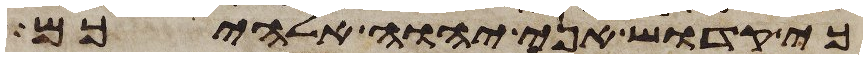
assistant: כי קדוש אני יהוה אלהיכם